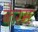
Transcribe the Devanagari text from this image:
केरम